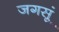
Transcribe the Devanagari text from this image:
जगसूं